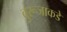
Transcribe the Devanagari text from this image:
बुरूजाकडे